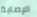
الإصابة